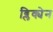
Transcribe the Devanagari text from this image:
ब्लिक्येन